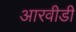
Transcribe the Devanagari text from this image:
आरवीडी